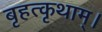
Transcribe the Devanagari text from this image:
बृहत्कृथाम्।